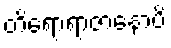
တိရောရာဇာနောပိ